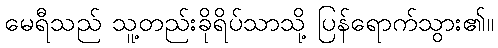
မေရီသည် သူ့တည်းခိုရိပ်သာသို့ ပြန်ရောက်သွား၏။